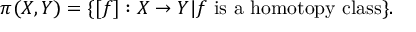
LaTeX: \pi ( X , Y ) = \{ [ f ] : X \to Y | f { \mathrm { ~ i s ~ a ~ h o m o t o p y ~ c l a s s } } \} .